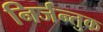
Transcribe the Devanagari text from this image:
निर्जन्तुक